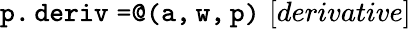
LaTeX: \mathtt{p.deriv=}\mathtt{@(a,w,p)}\, \, [derivative]